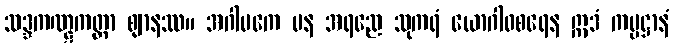
သဒ္ဒကဏ္ဋကတ္တာ ဈာနဿ။ အဂါမကေ ပန အရညေ သုကရံ ယောဂါဝစရေန ဣဒံ ကမ္မဋ္ဌာနံ